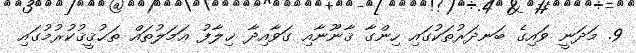
9. މަދަނީ ވައިގެ ބަނދަރުތަކުގައި ހިންގާ ޤާނޫނާއި ގަވާއިދާ ޚިލާފު ޢަމަލުތައް ތަޙުޤީޤުކުރުމުގައި